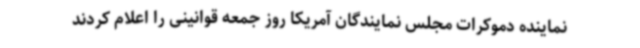
نماینده دموکرات مجلس نمایندگان آمریکا روز جمعه قوانینی را اعلام کردند